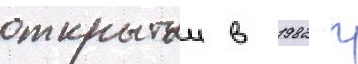
открытыи в 1982 г